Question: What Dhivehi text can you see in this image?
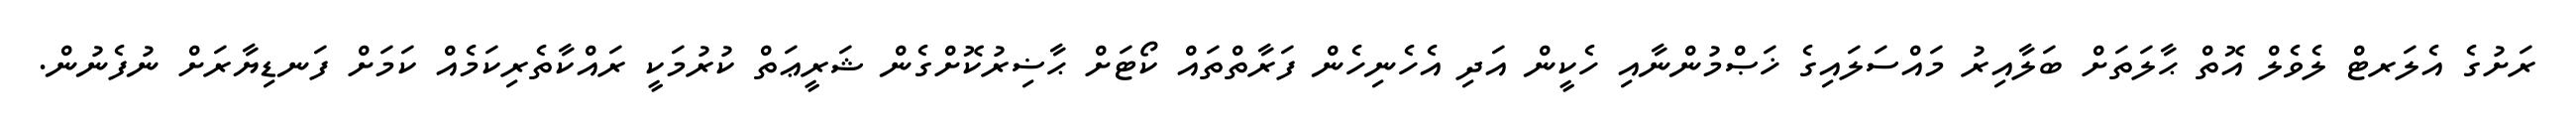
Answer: ރަށުގެ އެލަރޓް ލެވެލް އޮތް ޙާލަތަށް ބަލާއިރު މައްސަލައިގެ ޚަޞްމުންނާއި ހެކީން އަދި އެހެނިހެން ފަރާތްތައް ކޯޓަށް ޙާޟިރުކޮށްގެން ޝަރީޢަތް ކުރުމަކީ ރައްކާތެރިކަމެއް ކަމަށް ފަނޑިޔާރަށް ނުފެނުން.